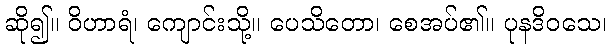
ဆို၍။ ဝိဟာရံ၊ ကျောင်းသို့။ ပေသိတော၊ စေအပ်၏။ ပုနဒိဝသေ၊